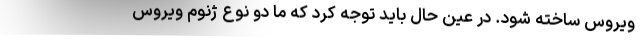
ویروس ساخته شود. در عین حال باید توجه کرد که ما دو نوع ژنوم ویروس